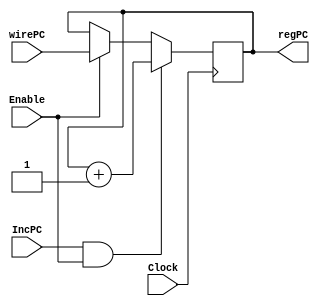
// This program was cloned from: https://github.com/martinmaly21/ELEC374
// License: MIT License

module IncPCModule(

	input Clock, IncPC, Enable,
	input [31:0] wirePC,
	output reg [31:0] regPC
);
	
	always@(posedge Clock)
		begin
			if(IncPC && Enable) 
				regPC <= regPC + 1;
			else if (Enable)
				regPC = wirePC;
		end
			
endmodule